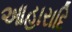
આહારાદિ